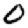
Digit: 0